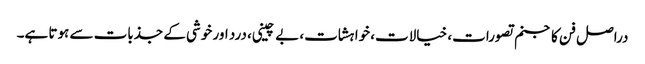
دراصل فن کا جنم تصورات، خیالات، خواہشات، بے چینی، درد اور خوشی کے جذبات سے ہوتا ہے۔